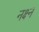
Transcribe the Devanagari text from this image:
नक्ष्न